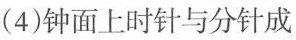
(4)钟面上时针与分针成